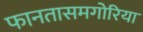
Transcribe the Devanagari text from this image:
फानतासमगोरिया